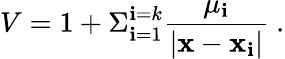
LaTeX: V=1+\Sigma_{\mathbf{i}=1}^{\mathbf{i}=k}{\frac{{\mu_{\mathbf{i}}}}{{|{\mathbf{x}}-{\mathbf{x}}_{\mathbf{i}}|}}}\ .